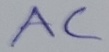
Text: AC